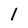
Character: 1